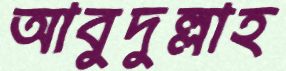
আবুদুল্লাহ